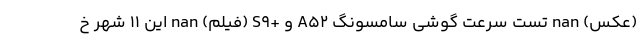
(عکس) nan تست سرعت گوشی سامسونگ A52 و +S9 (فیلم) nan این 11 شهر خ